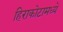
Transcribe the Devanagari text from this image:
हिराकोटामध्ये